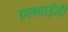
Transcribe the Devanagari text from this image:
एलवाईसी